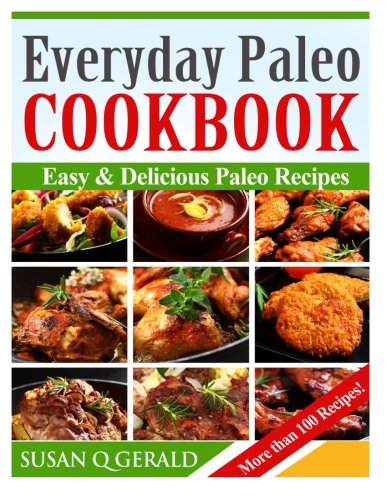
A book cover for Everyday Paleo Cookbook: Easy & Delicious Paleo Recipes!  (More than 100 Recipes); Susan Q Gerald; Cookbooks, Food & Wine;